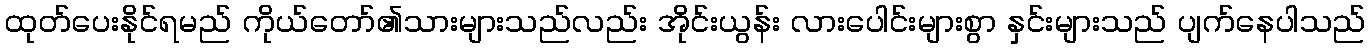
ထုတ်ပေးနိုင်ရမည် ကိုယ်တော်၏သားများသည်လည်း အိုင်းယွန်း လားပေါင်းများစွာ နှင်းများသည် ပျက်နေပါသည်